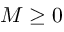
M \geq 0